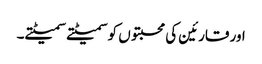
اور قارئین کی محبتوں کو سمیٹتے سمیٹتے۔